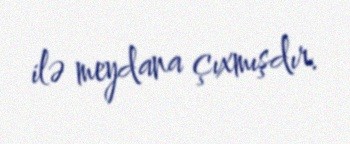
ilə meydana çıxmışdır.